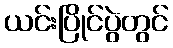
ယင်းပြိုင်ပွဲတွင်